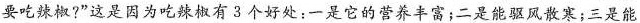
要吃辣椒?”这是因为吃辣椒有3个好处：一是它的营养丰富；二是能驱风散寒；三是能